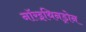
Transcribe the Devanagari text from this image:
नॉरइथिनड्रोन